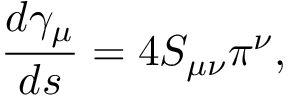
\frac { d \gamma _ { \mu } } { d s } = 4 S _ { \mu \nu } \pi ^ { \nu } ,